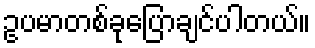
ဥပမာတစ်ခုပြောချင်ပါတယ်။